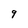
Character: 9